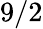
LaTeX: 9/2